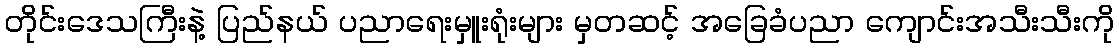
တိုင်းဒေသကြီးနဲ့ ပြည်နယ် ပညာရေးမှူးရုံးများ မှတဆင့် အခြေခံပညာ ကျောင်းအသီးသီးကို